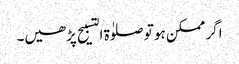
اگر ممکن ہو تو صلوٰة التسبیح پڑھیں۔